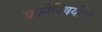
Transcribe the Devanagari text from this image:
कलेविषयीची